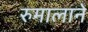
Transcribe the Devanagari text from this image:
रुमालाने